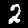
Digit: 2